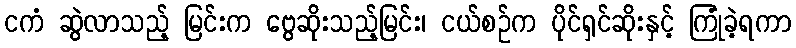
ငကံ ဆွဲလာသည့် မြင်းက ဗွေဆိုးသည့်မြင်း၊ ငယ်စဉ်က ပိုင်ရှင်ဆိုးနှင့် ကြုံခဲ့ရကာ